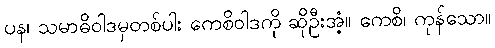
ပန၊ သမာဓိဝါဒမှတစ်ပါး ကေစိဝါဒကို ဆိုဦးအံ့။ ကေစိ၊ ကုန်သော။